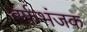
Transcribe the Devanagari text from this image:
बर्फ़भंजक